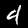
Label: 4